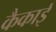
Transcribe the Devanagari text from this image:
कैकाई